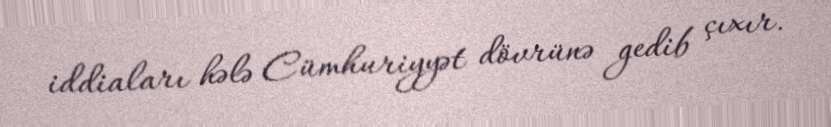
iddiaları hələ Cümhuriyyət dövrünə gedib çıxır.